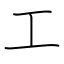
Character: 工